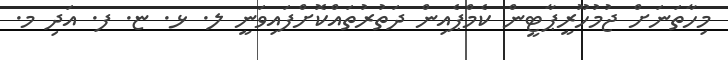
މިހާތަނަށް ޖުމުހޫރީޕާޓީން ކެމްޕެއިން ދަތުރުތައްކޮށްފައިވަނީ ލ. ޅ. ޏ. ފ. އަދި މ.